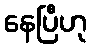
နေပြီဟု